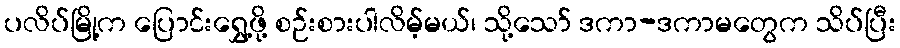
ပလိပ်မြို့က ပြောင်းရွှေ့ဖို့ စဉ်းစားပါလိမ့်မယ်၊ သို့သော် ဒကာ-ဒကာမတွေက သိပ်ပြီး